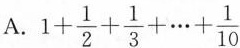
A. $$1+ \frac { 1 } { 2 } + \frac { 1 } { 3 } + ... + \frac { 1 } { 1 0 }$$